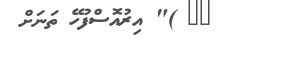
٨٦ )" އިރުއޮސްފުހޭ ތަނަށް